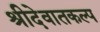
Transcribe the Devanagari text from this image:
श्रीदेवातकल्प